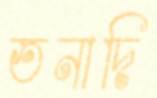
তনাদি